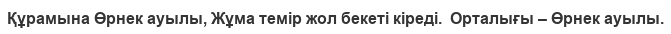
Құрамына Өрнек ауылы, Жұма темір жол бекеті кіреді.  Орталығы – Өрнек ауылы.